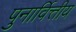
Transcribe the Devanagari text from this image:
पुनार्वित्तीय